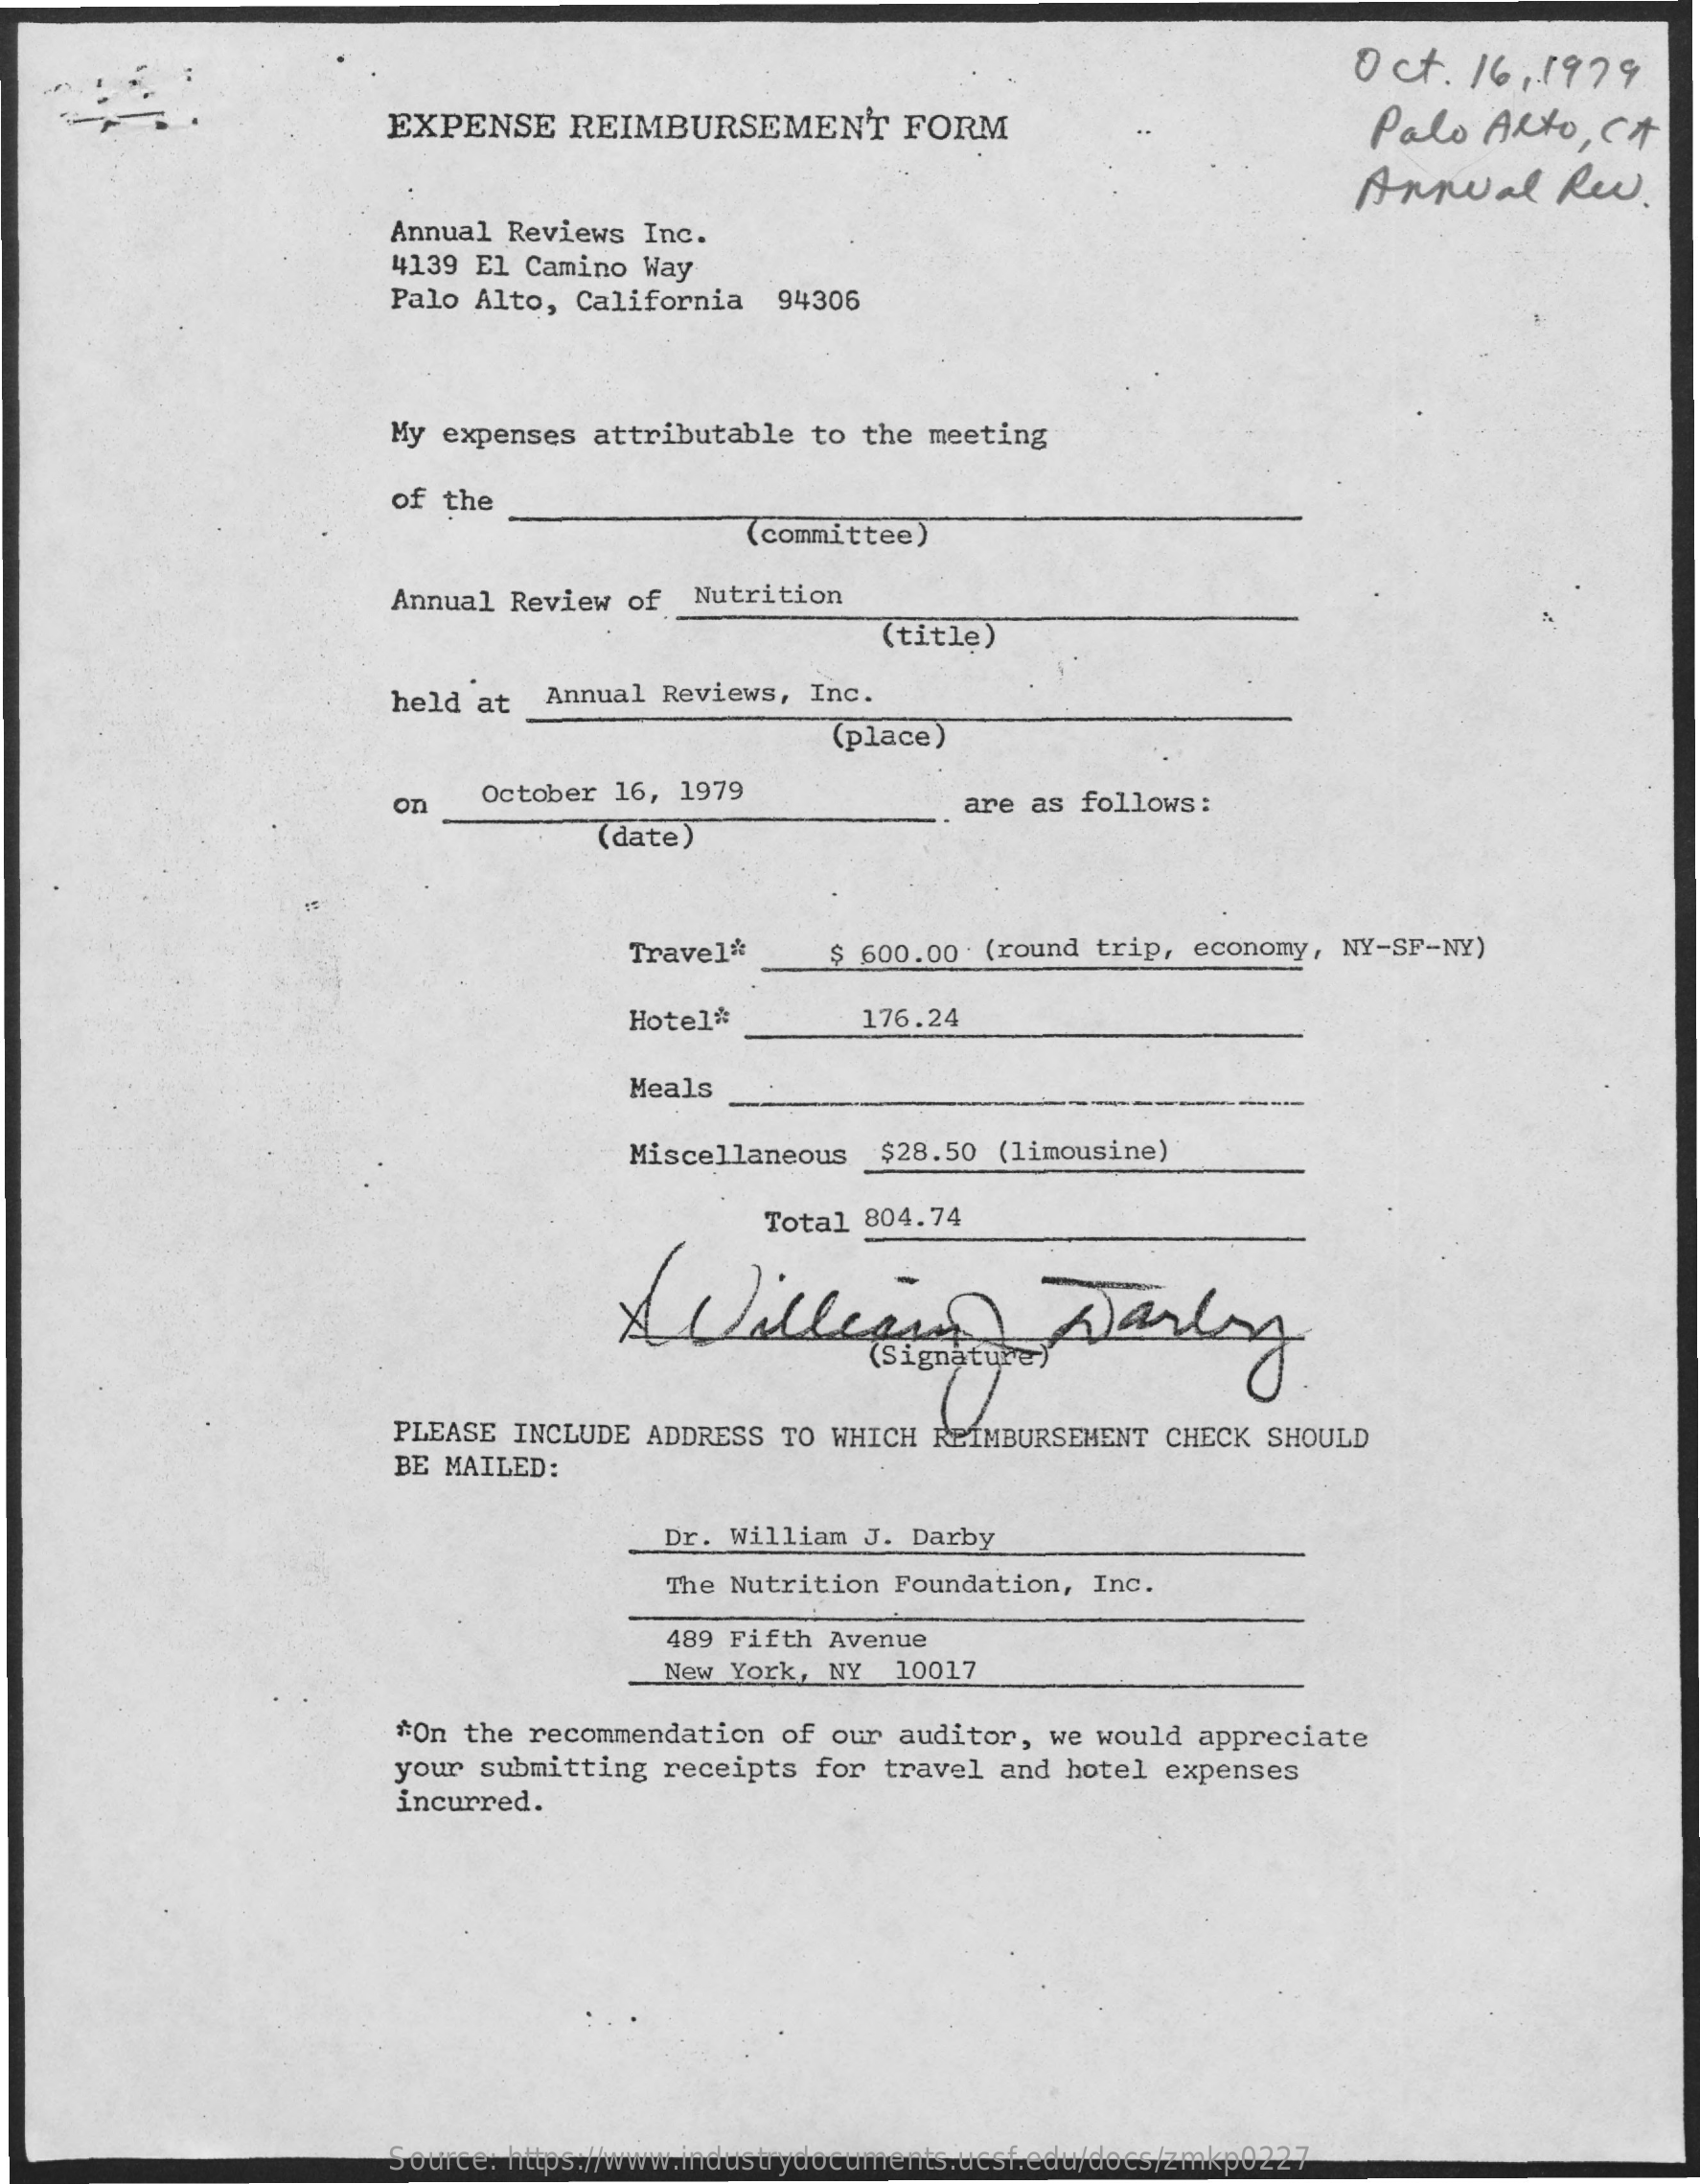
Oct.   16,  1979
     EXPENSE    REIMBURSEMENT    FORM    Palo   Alto,  CA
     Annual    Rev.
     Annual  Reviews Inc.
     4139 El  Camino Way
     Palo Alto,  California   94306
     My expenses  attributable  to the meeting
     of the
     (committee)
     Annual  Review of  Nutrition
     (title)
     held  at  Annual Reviews,  Inc.
     (place)
     on    October 16, 1979
     are as follows:
     (date)
     Travel*    $ 600.00  (round trip, economy,  NY-SF-NY)
     Hotel*    176.24
     Meals
     Miscellaneous   $28.50  (limousine)
     Total 804.74
     Williso    parly
     PLEASE  INCLUDE ADDRESS  TO WHICH  REIMBURSEMENT CHECK  SHOULD
     BE MAILED:
     Dr. William J. Darby
     The Nutrition Foundation,  Inc.
     489 Fifth Avenue
     New York, NY  10017
     #On the recommendation  of our auditor,  we would  appreciate
     your  submitting receipts  for  travel and hotel  expenses
     incurred.
     Source: https://www.industrydocuments.ucsf.edu/docs/zmkp0227